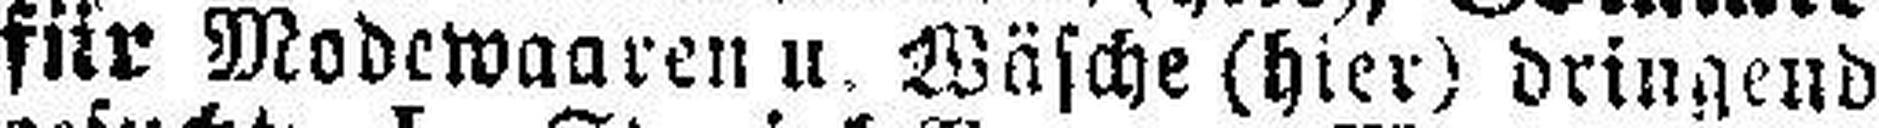
für Modewaaren u. Wäsche (hier) dringend